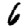
Digit: 6